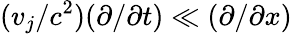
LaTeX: (v_{j}/c^{2})(\partial/\partial t)\ll(\partial/\partial x)